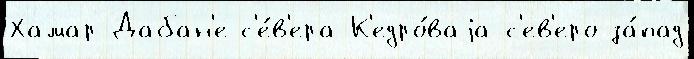
Хамар-Дабан'е с'е́в'ера К'едро́ваjа с'ев'еро-за́пад